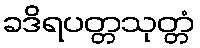
ခဒိရပတ္တသုတ္တံ